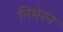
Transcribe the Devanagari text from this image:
निमेरन